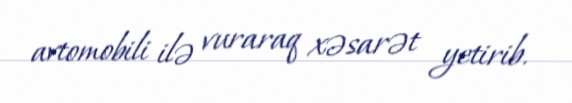
avtomobili ilə vuraraq xəsarət yetirib.